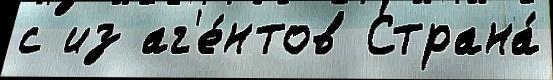
с из аг'е́нтов Страна́